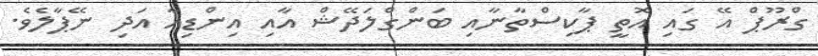
ގްރޫޕް އޭ ގައި އޮތީ ޕާކިސްތާނާއި ބަންގްލަދޭޝް އާއި އިންޑިއާ އަދި ނޭޕާލެވެ.